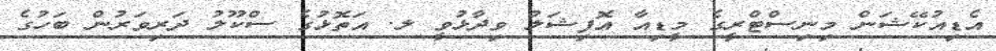
އެޑިއުކޭޝަން މިނިސްޓްރީގެ މީޑިއާ އޮފިޝަލު ވިދާޅުވީ ލ. އަތޮޅުގެ ސްކޫލު ދަރިވަރުން ބަހުގެ